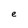
Character: e